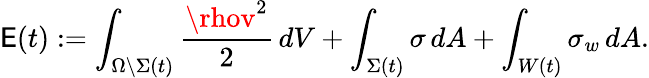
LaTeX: \mathsf{E}(t):=\int_{\Omega\setminus\Sigma(t)}\frac{{\rhov^{2}}}{{2}}\, dV+\int_{\Sigma(t)}\sigma\, dA+\int_{W(t)}\sigma_{w}\, dA.